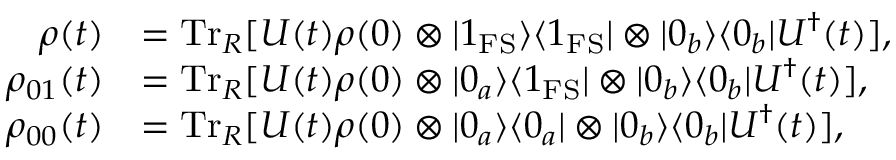
\begin{array} { r l } { \rho ( t ) } & { = \mathrm { T r } _ { R } [ U ( t ) \rho ( 0 ) \otimes | 1 _ { \mathrm { F S } } \rangle \langle 1 _ { \mathrm { F S } } | \otimes | 0 _ { b } \rangle \langle 0 _ { b } | U ^ { \dagger } ( t ) ] , } \\ { \rho _ { 0 1 } ( t ) } & { = \mathrm { T r } _ { R } [ U ( t ) \rho ( 0 ) \otimes | 0 _ { a } \rangle \langle 1 _ { \mathrm { F S } } | \otimes | 0 _ { b } \rangle \langle 0 _ { b } | U ^ { \dagger } ( t ) ] , } \\ { \rho _ { 0 0 } ( t ) } & { = \mathrm { T r } _ { R } [ U ( t ) \rho ( 0 ) \otimes | 0 _ { a } \rangle \langle 0 _ { a } | \otimes | 0 _ { b } \rangle \langle 0 _ { b } | U ^ { \dagger } ( t ) ] , } \end{array}